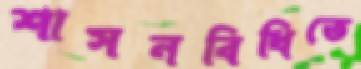
শাসনবিধিতে